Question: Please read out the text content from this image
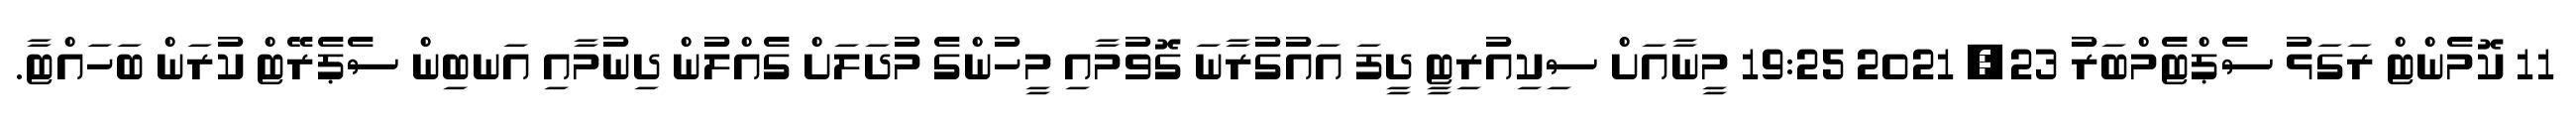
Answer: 11 ކޮމެންޓް ރަގަޅު ސެޕްޓެމްބަރު 23, 2021 19:25 މީނާއަށް ސިކިއުރިޓީ ދީފަ އައުގުރާނަ ގޮވުމާއި މީހުންގެ މުދަލަށް ގެއްލުން ދިނުމާއި އަނބިން ސެޕެރޭޓް ކުރަން ބަހައްޓާ.